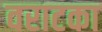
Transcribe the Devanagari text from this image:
वराटका